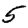
Digit: 5